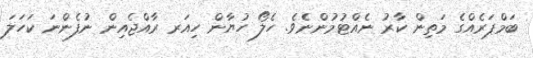
ބަމްޕަރެއްގެ މަތިން ކާރު ނެއްޓުމުންނެވެ. ހެލޯ ހުޔާން ހިއަރ ރާއްޖެއިން ނުފެންނަ ކަހަލަ